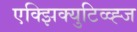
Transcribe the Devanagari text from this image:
एक्झिक्युटिव्व्ह्ज